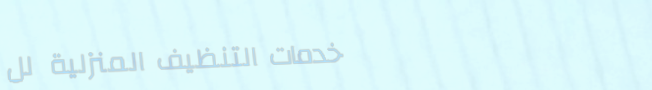
خدمات التنظيف المنزلية لل